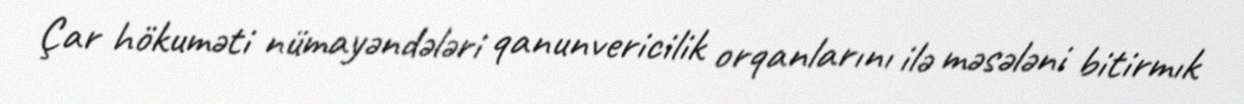
Çar hökuməti nümayəndələri qanunvericilik orqanlarını ilə məsələni bitirmık